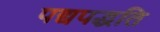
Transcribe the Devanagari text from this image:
पद्यपद्धति